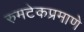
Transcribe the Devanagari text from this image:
रुमटेकप्रमाणे